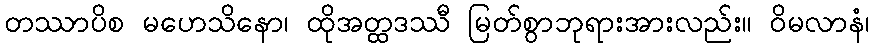
တဿာပိစ မဟေသိနော၊ ထိုအတ္ထဒဿီ မြတ်စွာဘုရားအားလည်း။ ဝိမလာနံ၊